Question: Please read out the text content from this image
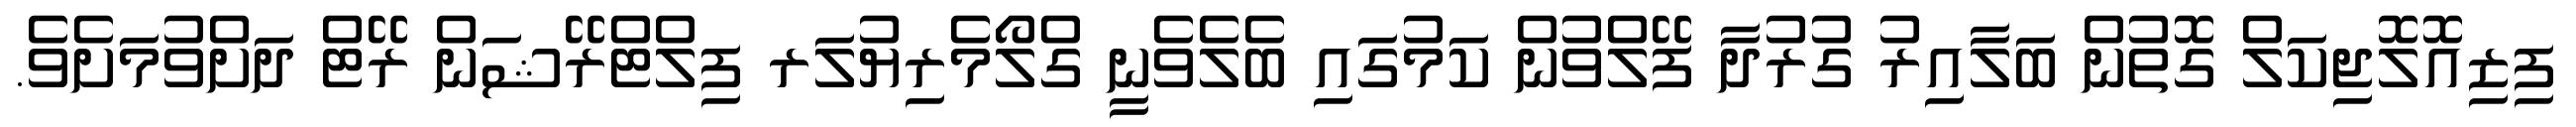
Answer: ފިޒިއޮލޮޖިކަލް ގޮތުން ބަލާއިރު ގުރުދާ ފޭލްވުން ކަމުގައި ބެލެވެނީ ގްލޯމެރިޔުލަރ ފިލްޓްރޭޝަން ރޭޓް ދަށްވުމަށެވެ.